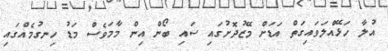
އުލާ ހަޅޭއްލަވައިގަތް އަޑަށް މޭޒުދޮށުގައި ސައި ބޯން އިން މާމަވެސް މަޑު ހިނގުމެއްގައި